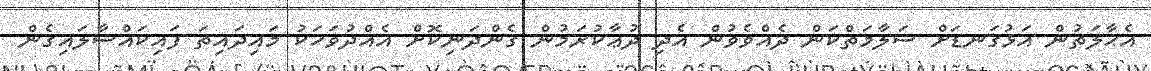
އެޙާލަތުން އަޅުގަނޑަށް ސަލާމަތްކަން ދެއްވެވުން އެދި ދުޢާކުރަމުން ގެންދަނިކޮށް އެއްދުވަހަކު މައިދައިތަ ފައިކައްސާލައިގެން